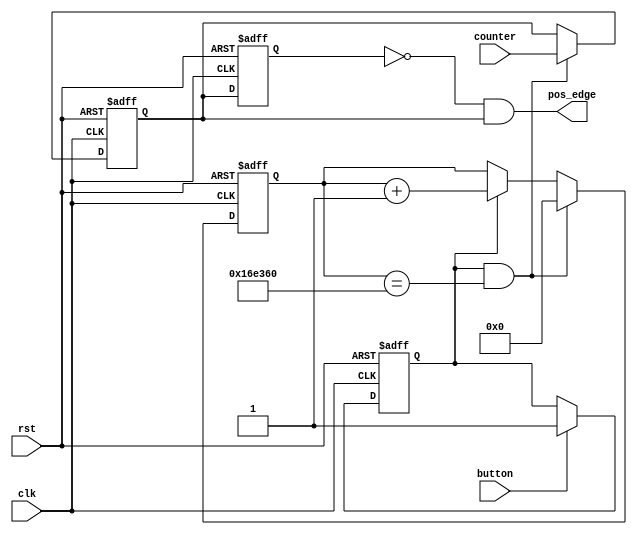
module edgedetector(
	input wire clk,
	input wire rst,
	input wire button,
	input wire counter,
	output wire pos_edge
);

	reg cnt_inc = 1'b0;//
	reg [24:0] cnt;//
	assign cnt_end = cnt_inc & (cnt == 25'd1500000);//15ms
	//assign cnt_end = cnt_inc & (cnt == 25'd10);//100ms
	
	//
	always @(posedge clk or posedge rst)begin
		if (rst) 
			cnt_inc <= 1'b0;
		else if (button)
			cnt_inc <= 1'b1;
		else
			cnt_inc <= cnt_inc;
	end
	
	//
	always @(posedge clk or posedge rst)begin
		if (rst) 
			cnt  <= 25'd0;
		else if (cnt_end )
			cnt  <= 25'd0;
		else if (cnt_inc)
			cnt  <= cnt  + 25'd1;
		else
			cnt  <= cnt ;
	end
	
	//
	reg sig_r0 = 1'b0;
	reg sig_r1 = 1'b0;
	always @(posedge clk or posedge rst)begin
		if(rst)
			sig_r0 <= 1'b0;
		else if(cnt_end)
			sig_r0 <= counter;
		else
			sig_r0 <= sig_r0;
	end
	
	always @(posedge clk or posedge rst)begin
		if(rst)
			sig_r1 <= 1'b0;
		else
			sig_r1 <= sig_r0;
	end
	
	assign pos_edge = ~sig_r1 & sig_r0;
	
endmodule